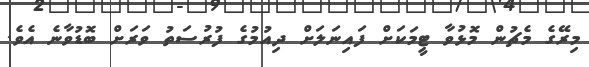
މިރޭގެ މެޗުން މޮޅުވާ ޓީމަކަށް ފައިނަލަށް ދިއުމުގެ ފުރުސަތު ވަރަށް ބޮޑުވާނެ އެވެ.